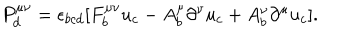
LaTeX: P _ { d } ^ { \mu \nu } = \epsilon _ { b c d } [ F _ { b } ^ { \mu \nu } u _ { c } - A _ { b } ^ { \mu } \partial ^ { \nu } u _ { c } + A _ { b } ^ { \nu } \partial ^ { \mu } u _ { c } ] .